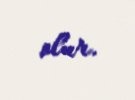
olur.